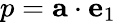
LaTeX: p=\mathbf{a}\cdot\mathbf{e}_{1}